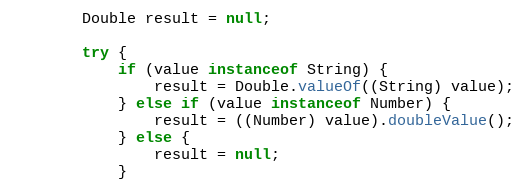
Language: Java
		Double result = null;

		try {
			if (value instanceof String) {
				result = Double.valueOf((String) value);
			} else if (value instanceof Number) {
				result = ((Number) value).doubleValue();
			} else {
				result = null;
			}